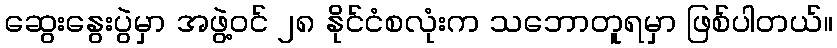
ဆွေးနွေးပွဲမှာ အဖွဲ့ဝင် ၂၈ နိုင်ငံစလုံးက သဘောတူရမှာ ဖြစ်ပါတယ်။